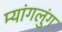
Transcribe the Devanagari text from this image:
म्यांगलुंग